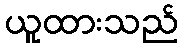
ယူထားသည်